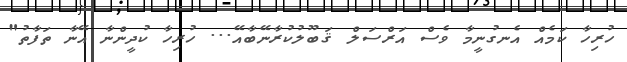
ހުރިހާ ކަމެއް އެނގުނީމާ ވެސް އަރްސަލް ޤަބޫލުކުރާނޭބާއޭ... ހުރިހާ ކުދީންނާ އޭނާ ތަފާތު"